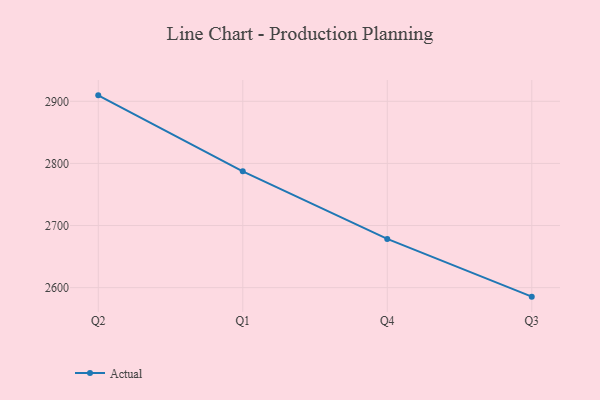
{"axis": {"x": "Quarter", "y": "Conversion Rate (%)"}, "legend": ["Actual"], "data": [{"x": "Q2", "y": 2909.6, "type": "Actual"}, {"x": "Q1", "y": 2787.2, "type": "Actual"}, {"x": "Q4", "y": 2678.4, "type": "Actual"}, {"x": "Q3", "y": 2585.5, "type": "Actual"}]}